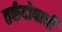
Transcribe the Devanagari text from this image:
तर्कदोषाची